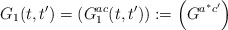
\begin{align*}G_{1}(t,t') = \left( G_{1}^{ac}(t,t') \right) := \left( G^{a^{*}c'}\right)\end{align*}